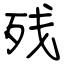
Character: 残